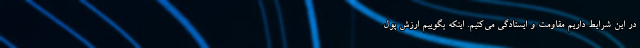
در این شرایط داریم مقاومت و ایستادگی می‌کنیم. اینکه بگوییم ارزش پول